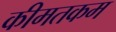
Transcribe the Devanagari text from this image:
कीमतकम